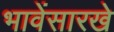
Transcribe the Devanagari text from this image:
भावेंसारखे